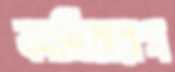
ফার্নিচারগ